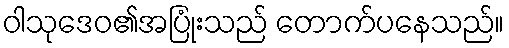
ဝါသုဒေဝ၏အပြုံးသည် တောက်ပနေသည်။